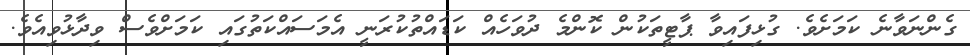
ގެންނަވާނެ ކަމަށެވެ. ގުޅިފައިވާ ޕާޓީތަކުން ކޮންމެ ދުވަހެއް ކަޑައްތުކުރަނީ އެމަސައްކަތުގައި ކަމަށްވެސް ވިދާޅުވިއެވެ.